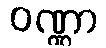
ဝဏ္ဏာ